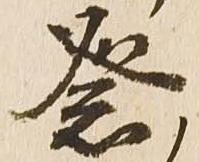
祭